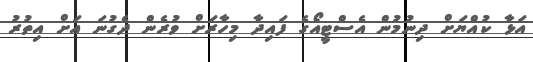
އަޅާ ކުއްޔަށް ދިނުމުން އެސްޓީއޯގެ ފައިދާ މިހާރަށް ވުރެން ދެގުނަ އަށް އިތުރު